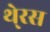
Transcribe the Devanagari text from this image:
थे्रस